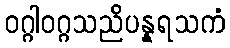
ဝဂ္ဂါဝဂ္ဂသညိပန္နရသကံ